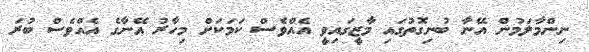
ނިންމާލަމުން އޭނާ ބުނިގޮތުގައި މާޒީގައިވީ އެއްެވެސް ކަމަކަށް މިހާރު އޭނާގެ އެއްވެސް ބުރަ